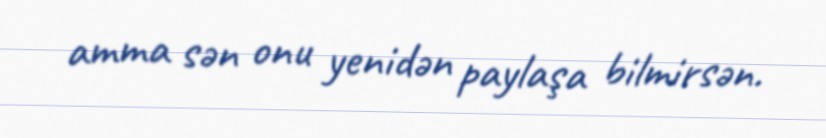
amma sən onu yenidən paylaşa bilmirsən.